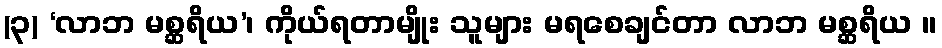
(၃) ‘လာဘ မစ္ဆရိယ’၊ ကိုယ်ရတာမျိုး သူများ မရစေချင်တာ လာဘ မစ္ဆရိယ ။